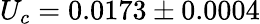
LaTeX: U_{c}=0.0173\pm 0.0004